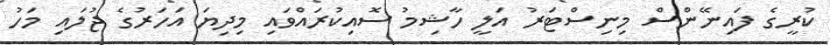
ކުރީގެ ފައިނޭންސް މިނިސްޓަރު އަލީ ހާޝިމު ސޮއިކުރައްވައި މިދިޔަ އަހަރުގެ ޖުލައި މަހު